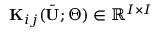
\mathbf { K } _ { i j } ( \bar { \mathbf { U } } ; \boldsymbol { \Theta } ) \in \mathbb { R } ^ { I \times I }